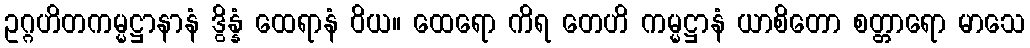
ဥဂ္ဂဟိတကမ္မဋ္ဌာနာနံ ဒွိန္နံ ထေရာနံ ဝိယ။ ထေရော ကိရ တေဟိ ကမ္မဋ္ဌာနံ ယာစိတော စတ္တာရော မာသေ